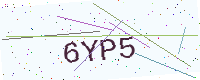
Text: 6YP5